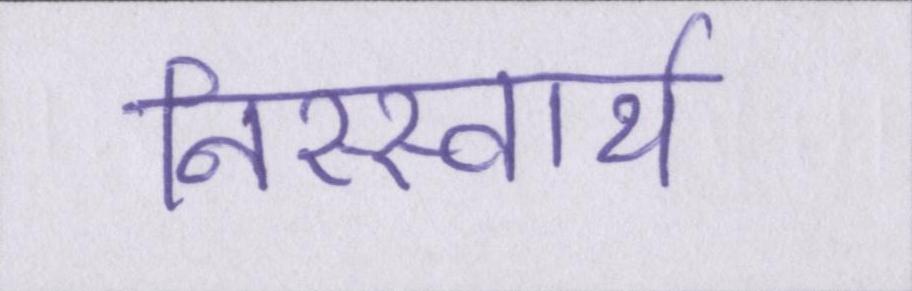
निस्स्वार्थ